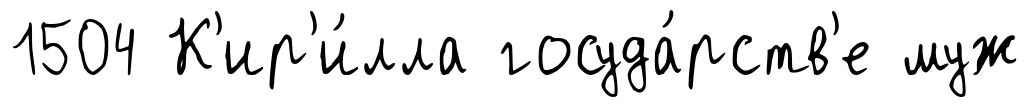
1504 К'ир'и́лла госуда́рств'е муж